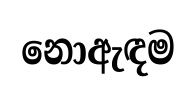
නොඇඳම